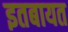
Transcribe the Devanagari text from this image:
इतबायत